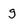
Character: g